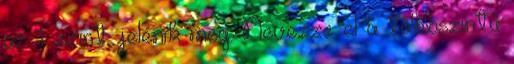
az 1. szint jelenik meg. Nevezze el a többszintű